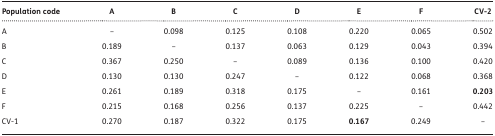
<table><thead><tr><td><b>Population code</b></td><td><b>A</b></td><td><b>B</b></td><td><b>C</b></td><td><b>D</b></td><td><b>E</b></td><td><b>F</b></td><td><b>CV-2</b></td></tr></thead><tbody><tr><td>A</td><td>–</td><td>0.098</td><td>0.125</td><td>0.108</td><td>0.220</td><td>0.065</td><td>0.502</td></tr><tr><td>B</td><td>0.189</td><td>–</td><td>0.137</td><td>0.063</td><td>0.129</td><td>0.043</td><td>0.394</td></tr><tr><td>C</td><td>0.367</td><td>0.250</td><td>–</td><td>0.089</td><td>0.136</td><td>0.100</td><td>0.420</td></tr><tr><td>D</td><td>0.130</td><td>0.130</td><td>0.247</td><td>–</td><td>0.122</td><td>0.068</td><td>0.368</td></tr><tr><td>E</td><td>0.261</td><td>0.189</td><td>0.318</td><td>0.175</td><td>–</td><td>0.161</td><td><b>0.203</b></td></tr><tr><td>F</td><td>0.215</td><td>0.168</td><td>0.256</td><td>0.137</td><td>0.225</td><td>–</td><td>0.442</td></tr><tr><td>CV-1</td><td>0.270</td><td>0.187</td><td>0.322</td><td>0.175</td><td><b>0.167</b></td><td>0.249</td><td>–</td></tr></tbody></table>